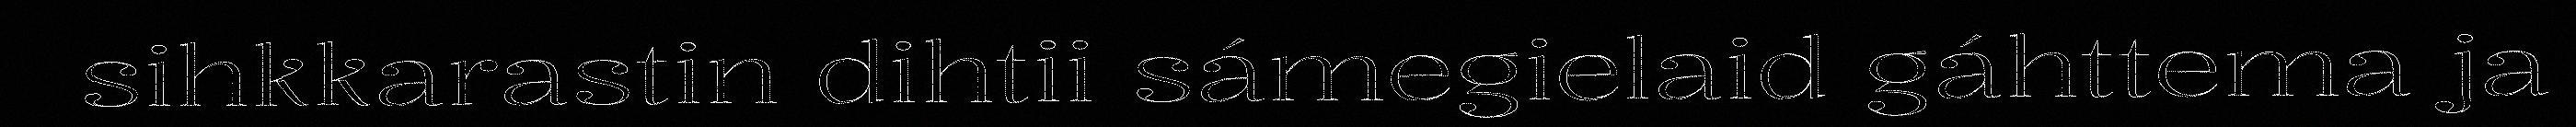
sihkkarastin dihtii sámegielaid gáhttema ja